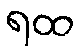
ရထ